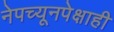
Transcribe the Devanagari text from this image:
नेपच्यूनपेक्षाही